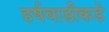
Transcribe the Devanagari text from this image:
हर्षवाडीकडे